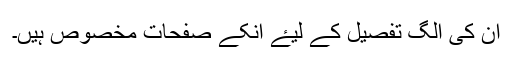
ان کی الگ تفصیل کے لیۓ انکے صفحات مخصوص ہیں۔